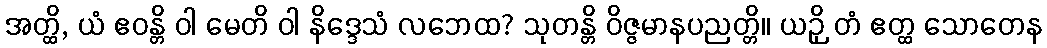
အတ္ထိ, ယံ ဧဝန္တိ ဝါ မေတိ ဝါ နိဒ္ဒေသံ လဘေထ? သုတန္တိ ဝိဇ္ဇမာနပညတ္တိ။ ယဉှိ တံ ဧတ္ထ သောတေန